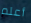
أعلم